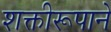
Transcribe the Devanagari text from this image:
शक्तीरूपाने